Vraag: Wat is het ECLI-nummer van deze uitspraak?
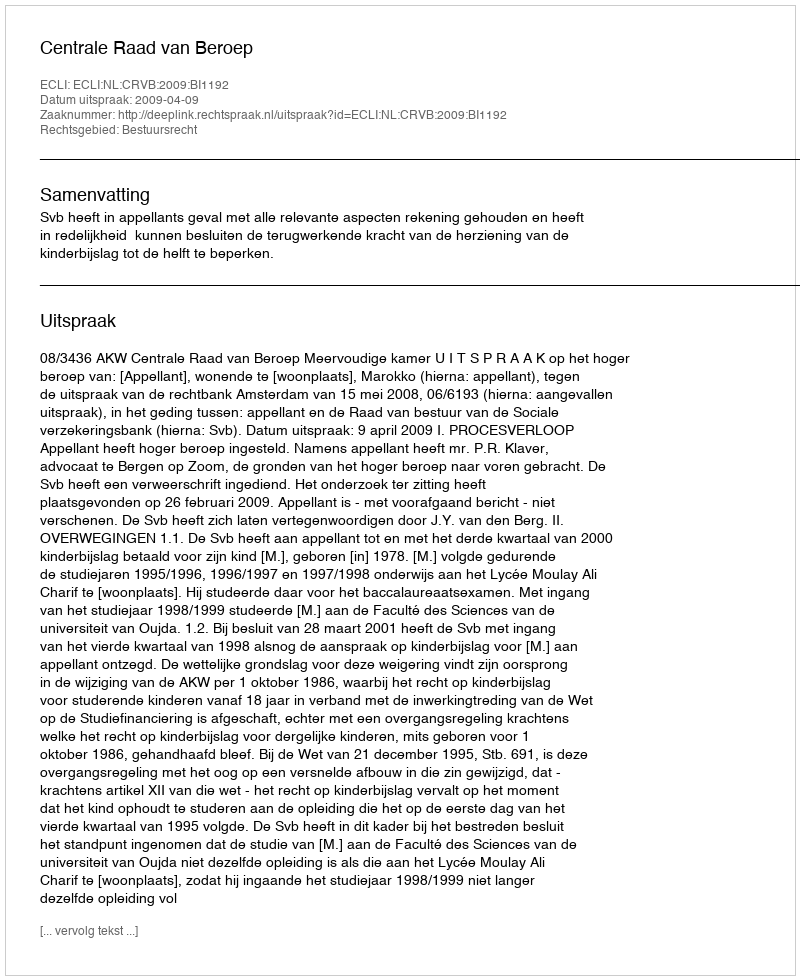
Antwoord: ECLI:NL:CRVB:2009:BI1192